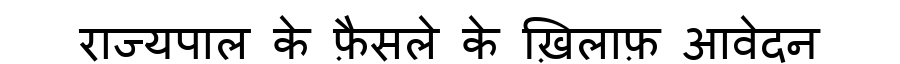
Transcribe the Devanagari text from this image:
राज्यपाल के फ़ैसले के ख़िलाफ़ आवेदन